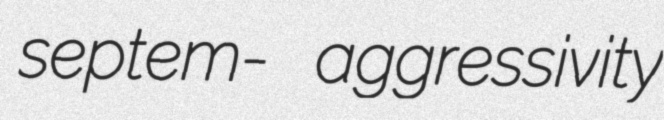
septem- aggressivity